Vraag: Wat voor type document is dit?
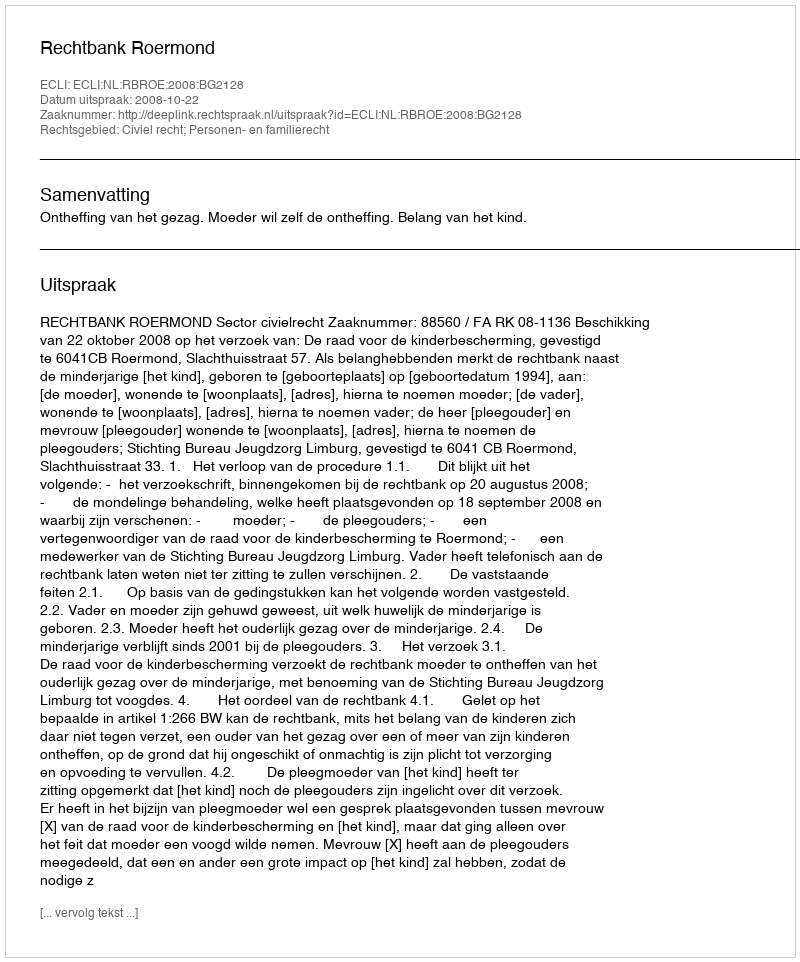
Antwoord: Uitspraak